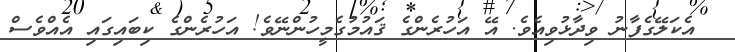
އެކަލޭގެފާނު ވިދާޅުވިއެވެ. އޭ އަހުރެންގެ ޤައުމުގެމީހުންނޭވެ! އަހުރެންގެ ކިބައިގައި އެއްވެސް